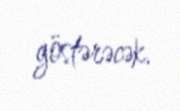
göstərəcək.